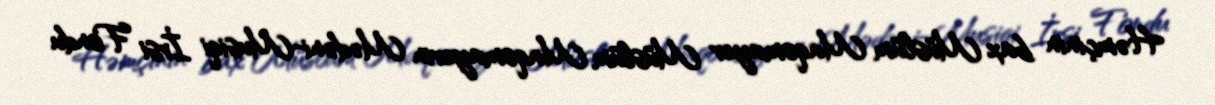
Həmçinin bax Müslüm Maqomayev Müslüm Maqomayevin Mədəni-Musiqi İrsi Fondu